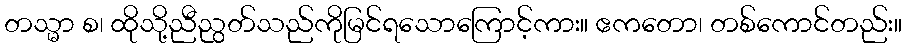
တသ္မာ စ၊ ထိုသို့ညီညွတ်သည်ကိုမြင်ရသောကြောင့်ကား။ ဧကတော၊ တစ်ကောင်တည်း။